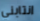
انتابني